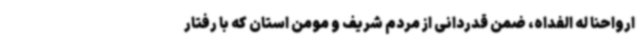
ارواحنا له الفداه، ضمن قدردانی از مردم شریف و مومن استان که با رفتار